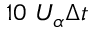
1 0 \ U _ { \alpha } \Delta t